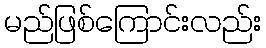
မည်ဖြစ်ကြောင်းလည်း